Indian journal of veterinary science and animal husbandry - Volume 10,
Year: 1940
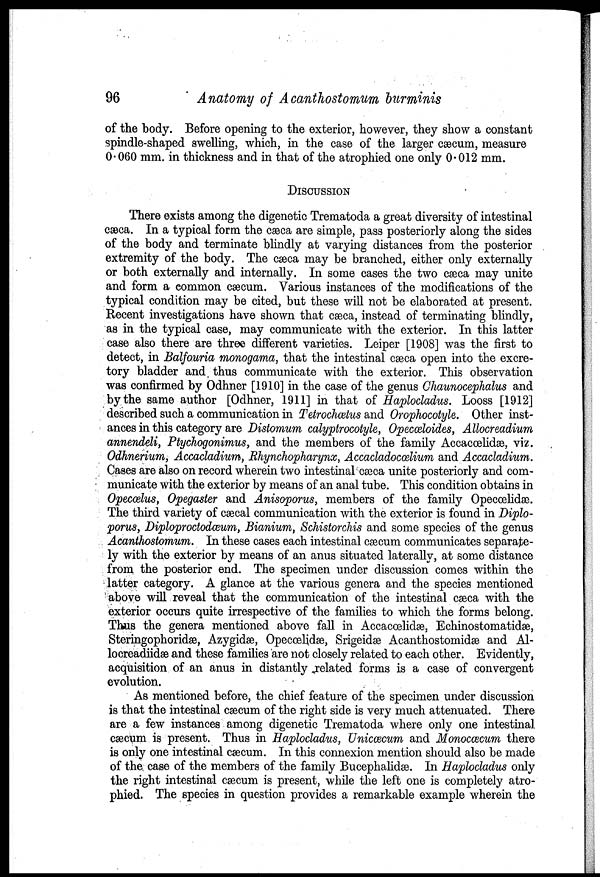
96
Anatomy of Acanthostomum burminis
of the body. Before opening to the exterior, however, they show a constant
spindle-shaped swelling, which, in the case of the larger cæcum, measure
0. 060 mm. in thickness and in that of the atrophied one only 0. 012 mm.
DISCUSSION
There exists among the digenetic Trematoda a great diversity of intestinal
cæca. In a typical form the cæca are simple, pass posteriorly along the sides
of the body and terminate blindly at varying distances from the posterior
extremity of the body. The cæca may be branched, either only externally
or both externally and internally. In some cases the two cæca may unite
and form a common cæcum. Various instances of the modifications of the
typical condition may be cited, but these will not be elaborated at present.
Recent investigations have shown that cæca, instead of terminating blindly,
as in the typical case, may communicate with the exterior. In this latter
case also there are three different varieties. Leiper [1908] was the first to
detect, in Balfouria monogama, that the intestinal cæca open into the excre-
tory bladder and. thus communicate with the exterior. This observation
was confirmed by Odhner [1910] in the case of the genus Chaunocephalus and
by the same author [Odhner, 1911] in that of Haplocladus. Looss [1912]
described such a communication in Tetrochœtus and Orophocotyle. Other inst-
ances in this category are Distomum calyptrocotyle, Opecœloides, Allocreadium
annendeli, Ptychogonimus, and the members of the family Accacœlidæ, viz.
Odhnerium, Accacladium, Rhynchopharynx, Accacladocœlium and Accacladium.
Cases are also on record wherein two intestinal cæca unite posteriorly and com-
municate with the exterior by means of an anal tube. This condition obtains in
Opecælus, Opegaster and Anisoporus, members of the family Opecœlidæ.
The third variety of cæcal communication with the exterior is found in Diplo-
porus, Diploproctodceum, Bianium, Schistorchis and some species of the genus
Acanthostomum. In these cases each intestinal cæcum communicates separate-
ly with the exterior by means of an anus situated laterally, at some distance
from the posterior end. The specimen under discussion comes within the
latter category. A glance at the various genera and the species mentioned
above will reveal that the communication of the intestinal cæca with the
exterior occurs quite irrespective of the families to which the forms belong.
Thus the genera mentioned above fall in Accacœlidæ, Echinostomatidæ,
Steringophoridæ, Azygidæ, Opecœlidæ, Srigeidæ Acanthostomidæ and Al-
locreadiidæ and these families are not closely related to each other. Evidently,
acquisition of an anus in distantly related forms is a case of convergent
evolution.
As mentioned before, the chief feature of the specimen under discussion
is that the intestinal cæcum of the right side is very much attenuated. There
are a few instances among digenetic Trematoda where only one intestinal
cæcum is present. Thus in Haplocladus, Unicœcum and Monocæcum there
is only one intestinal cæcum. In this connexion mention should also be made
of the. case of the members of the family Bucephalidæ. In Haplocladus only
the right intestinal cæcum is present, while the left one is completely atro-
phied. The species in question provides a remarkable example wherein the